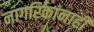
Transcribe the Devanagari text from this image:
नागरिकांनाही